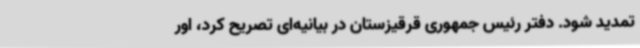
تمدید شود. دفتر رئیس جمهوری قرقیزستان در بیانیه‌ای تصریح کرد، اور